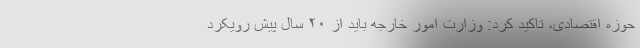
حوزه اقتصادی، تاکید کرد: وزارت امور خارجه باید از ۲۰ سال پیش رویکرد